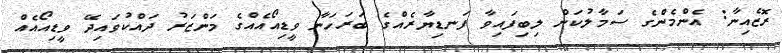
ރޮޒެއިނާ: އެންމެންގެ ސަމާލުކަން ލިބިފައިވާ ފަނޑިޔާރެއްގެ ބަރަހަނާ ވީޑިއޯއެއްގެ މަންޒަރު ދައްކުވައިދޭ ވީޑިއޯއެއް